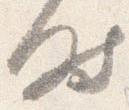
時